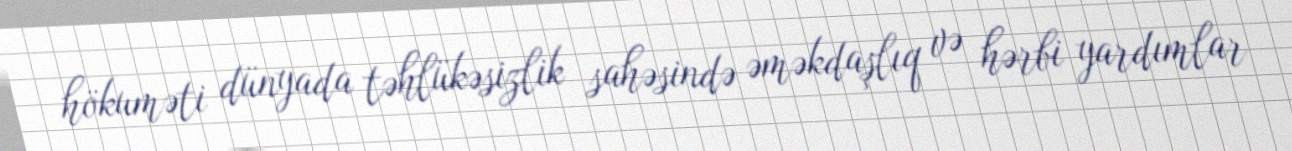
hökuməti dünyada təhlükəsizlik sahəsində əməkdaşlıq və hərbi yardımlar